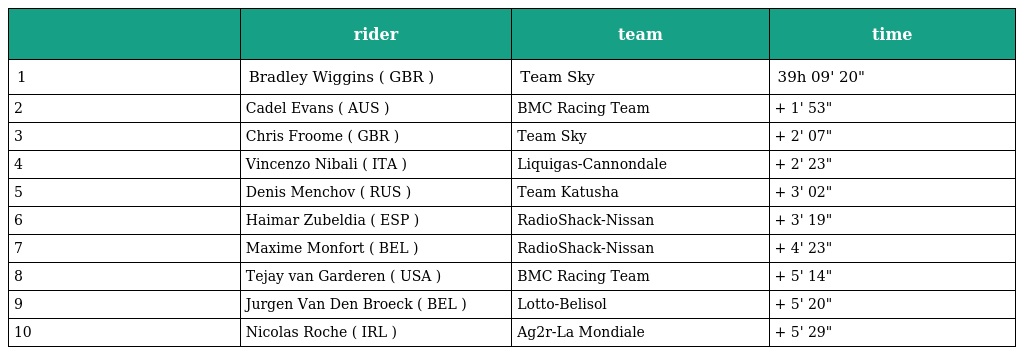
|  | rider | team | time |
 | --- | --- | --- | --- |
 | 1 | Bradley Wiggins ( GBR ) | Team Sky | 39h 09' 20" |
 | 2 | Cadel Evans ( AUS ) | BMC Racing Team | + 1' 53" |
 | 3 | Chris Froome ( GBR ) | Team Sky | + 2' 07" |
 | 4 | Vincenzo Nibali ( ITA ) | Liquigas-Cannondale | + 2' 23" |
 | 5 | Denis Menchov ( RUS ) | Team Katusha | + 3' 02" |
 | 6 | Haimar Zubeldia ( ESP ) | RadioShack-Nissan | + 3' 19" |
 | 7 | Maxime Monfort ( BEL ) | RadioShack-Nissan | + 4' 23" |
 | 8 | Tejay van Garderen ( USA ) | BMC Racing Team | + 5' 14" |
 | 9 | Jurgen Van Den Broeck ( BEL ) | Lotto-Belisol | + 5' 20" |
 | 10 | Nicolas Roche ( IRL ) | Ag2r-La Mondiale | + 5' 29" |